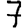
Digit: 7